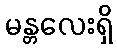
မန္တလေးရှိ